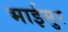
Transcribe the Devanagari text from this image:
भाईसुर